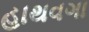
હાથવગા